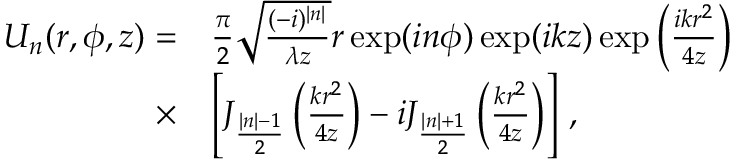
\begin{array} { r l } { U _ { n } ( r , \phi , z ) = } & { \frac { \pi } { 2 } \sqrt { \frac { ( - i ) ^ { | n | } } { \lambda z } } r \exp ( i n \phi ) \exp ( i k z ) \exp \left( \frac { i k r ^ { 2 } } { 4 z } \right) } \\ { \times } & { \left[ J _ { \frac { | n | - 1 } { 2 } } \left( \frac { k r ^ { 2 } } { 4 z } \right) - i J _ { \frac { | n | + 1 } { 2 } } \left( \frac { k r ^ { 2 } } { 4 z } \right) \right] \, , } \end{array}